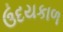
ઉદયકાળ